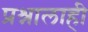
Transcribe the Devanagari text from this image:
प्रश्नालाही